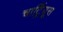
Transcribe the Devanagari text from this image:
चार्ट्रियूस